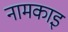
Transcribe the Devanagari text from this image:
नामकाइ